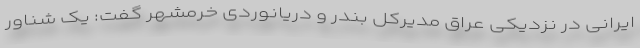
ایرانی در نزدیکی عراق مدیرکل بندر و دریانوردی خرمشهر گفت: یک شناور